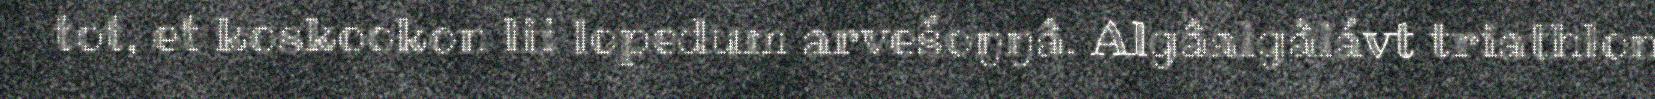
tot, et koskookon lii lopedum arvešoŋŋâ. Algâalgâlávt triathlon